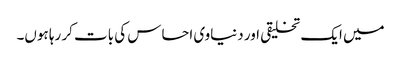
میں ایک تخلیقی اور دنیاوی احساس کی بات کر رہا ہوں۔